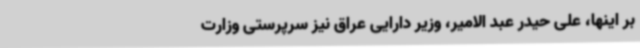
بر اینها، علی حیدر عبد الامیر، وزیر دارایی عراق نیز سرپرستی وزارت